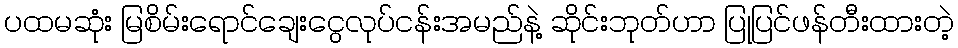
ပထမဆုံး မြစိမ်းရောင်ချေးငွေလုပ်ငန်းအမည်နဲ့ ဆိုင်းဘုတ်ဟာ ပြုပြင်ဖန်တီးထားတဲ့